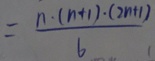
= \frac { n \cdot ( n + 1 ) \cdot ( 2 n + 1 ) } { 6 }